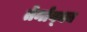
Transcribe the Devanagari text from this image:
तेर्नाव्का